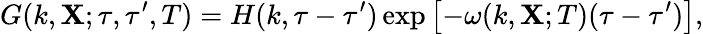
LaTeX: G(k,{\textbf{X}};\tau,\tau^{\prime},T)=H(k,\tau-\tau^{\prime})\exp\left[{-\omega(k,{\textbf{X}};T)(\tau-\tau^{\prime})}\right],